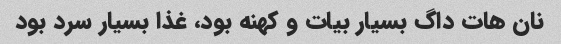
نان هات داگ بسیار بیات و کهنه بود، غذا بسیار سرد بود